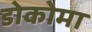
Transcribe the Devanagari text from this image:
डोकोमा